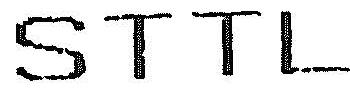
STTL